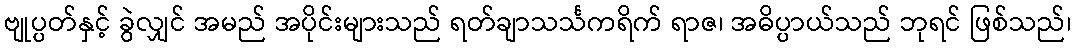
ဗျုပ္ပတ်နှင့် ခွဲလျှင် အမည် အပိုင်းများသည် ရတ်ချာသင်္သကရိက် ရာဇ၊ အဓိပ္ပာယ်သည် ဘုရင် ဖြစ်သည်၊